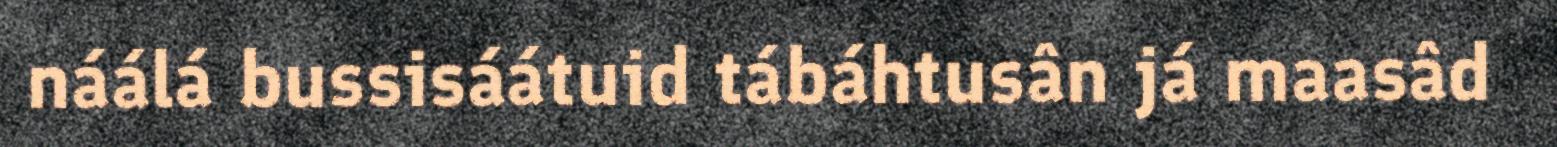
náálá bussisáátuid tábáhtusân já maasâd